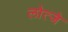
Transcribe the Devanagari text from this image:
लोत्जे